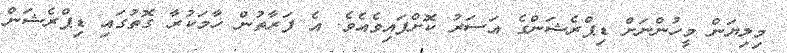
މިލިޔަން މީހުންނަށް ޑިޕްރެޝަންގެ އަސަރު ކޮށްފައިވެއެވެ. އެ ފަރާތުން ހާމަކުރާ ގޮތުގައި ޑިޕްރެޝަން